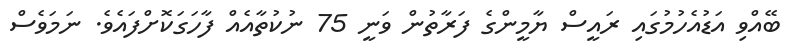
ބޭއްވި އަޑުއެހުމުގައި ރައީސް ޔާމީންގެ ފަރާތުން ވަނީ 75 ނުކުތާއެއް ފާހަގަކޮށްފައެވެ. ނަމަވެސް